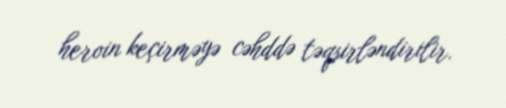
heroin keçirməyə cəhddə təqsirləndirilir.